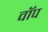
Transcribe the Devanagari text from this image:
वॉप